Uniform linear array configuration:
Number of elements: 16
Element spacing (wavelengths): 0.25
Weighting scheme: cosine
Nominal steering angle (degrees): -15
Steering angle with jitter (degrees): -15.599
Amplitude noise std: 0.05
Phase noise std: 0.05

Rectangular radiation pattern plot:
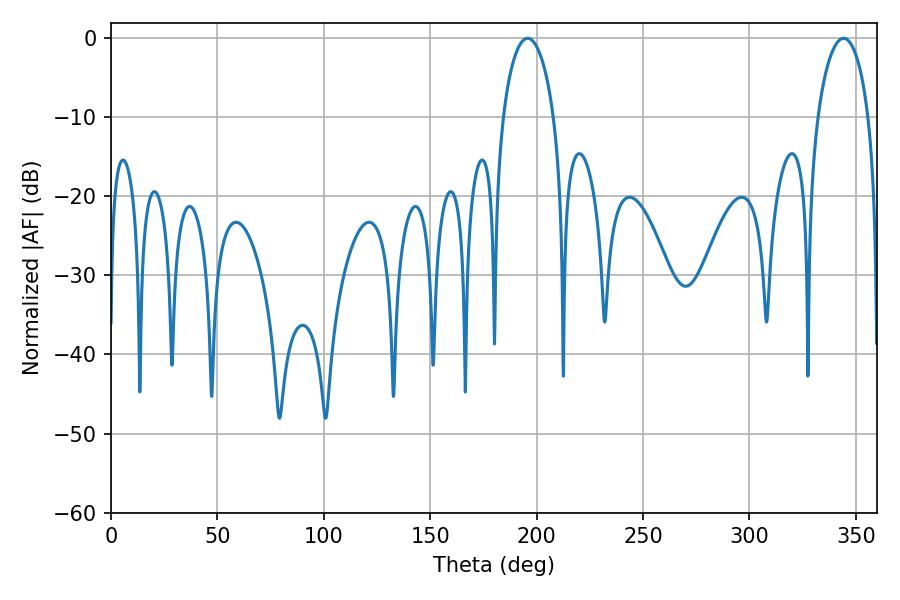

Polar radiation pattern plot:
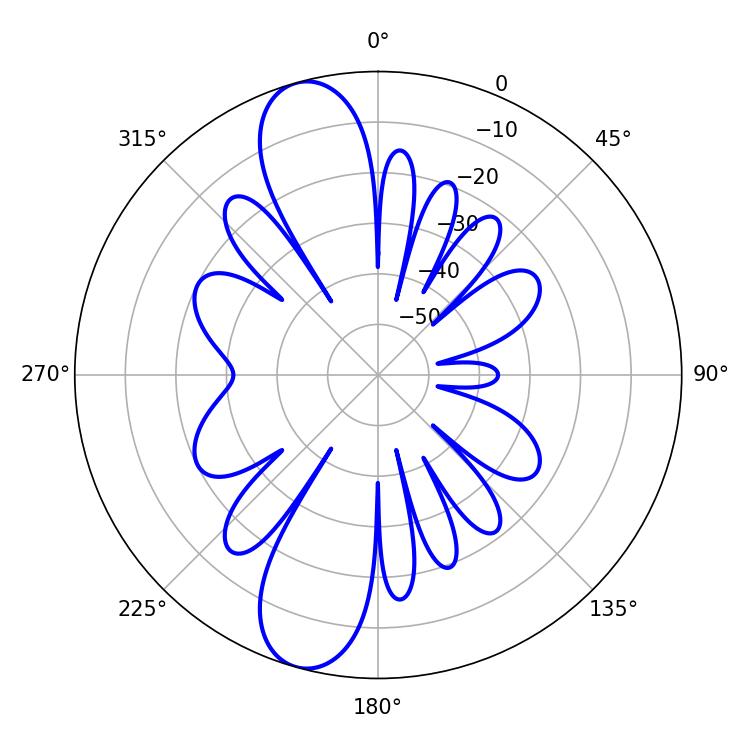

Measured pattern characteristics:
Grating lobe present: FALSE
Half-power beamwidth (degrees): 13.68
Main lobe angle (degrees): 344.16